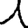
Digit: 1